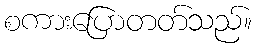
စကားပြောတတ်သည်။